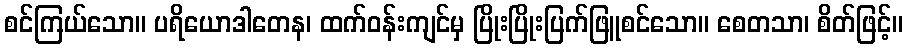
စင်ကြယ်သော။ ပရိယောဒါတေန၊ ထက်ဝန်းကျင်မှ ပြိုးပြိုးပြက်ဖြူစင်သော။ စေတသာ၊ စိတ်ဖြင့်။